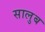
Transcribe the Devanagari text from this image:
सालुब